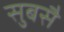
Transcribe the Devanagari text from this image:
सुबसै